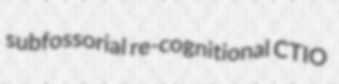
subfossorial re-cognitional CTIO